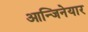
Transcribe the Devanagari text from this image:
आन्जिनेयार